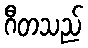
ဂီတသည်